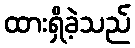
ထားရှိခဲ့သည်